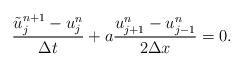
LaTeX: \begin{align*}\dfrac{\tilde{u}^{n+1}_{j}-u^{n}_{j}}{\Delta t}+a \dfrac{u^{n}_{j+1}-u^{n}_{j-1}}{2\Delta x}=0.\end{align*}